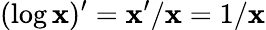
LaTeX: (\log\mathbf{x})^{\prime}=\mathbf{x}^{\prime}/\mathbf{x}=1/\mathbf{x}